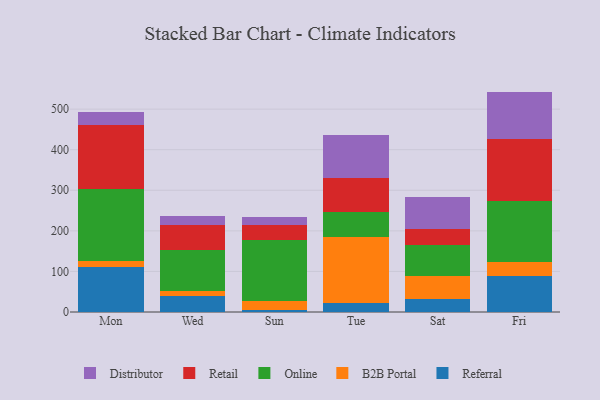
{"axis": {"x": "Day", "y": "Energy Usage (MWh)"}, "legend": ["B2B Portal", "Distributor", "Online", "Referral", "Retail"], "data": [{"x": "Mon", "y": 110.4, "type": "Referral"}, {"x": "Mon", "y": 15.5, "type": "B2B Portal"}, {"x": "Mon", "y": 177.5, "type": "Online"}, {"x": "Mon", "y": 158.1, "type": "Retail"}, {"x": "Mon", "y": 31.2, "type": "Distributor"}, {"x": "Wed", "y": 38.8, "type": "Referral"}, {"x": "Wed", "y": 12.1, "type": "B2B Portal"}, {"x": "Wed", "y": 101.0, "type": "Online"}, {"x": "Wed", "y": 63.5, "type": "Retail"}, {"x": "Wed", "y": 21.9, "type": "Distributor"}, {"x": "Sun", "y": 5.7, "type": "Referral"}, {"x": "Sun", "y": 21.9, "type": "B2B Portal"}, {"x": "Sun", "y": 150.3, "type": "Online"}, {"x": "Sun", "y": 35.7, "type": "Retail"}, {"x": "Sun", "y": 20.3, "type": "Distributor"}, {"x": "Tue", "y": 22.2, "type": "Referral"}, {"x": "Tue", "y": 162.1, "type": "B2B Portal"}, {"x": "Tue", "y": 61.3, "type": "Online"}, {"x": "Tue", "y": 84.7, "type": "Retail"}, {"x": "Tue", "y": 105.6, "type": "Distributor"}, {"x": "Sat", "y": 31.5, "type": "Referral"}, {"x": "Sat", "y": 57.5, "type": "B2B Portal"}, {"x": "Sat", "y": 77.3, "type": "Online"}, {"x": "Sat", "y": 37.6, "type": "Retail"}, {"x": "Sat", "y": 79.4, "type": "Distributor"}, {"x": "Fri", "y": 87.8, "type": "Referral"}, {"x": "Fri", "y": 35.2, "type": "B2B Portal"}, {"x": "Fri", "y": 151.5, "type": "Online"}, {"x": "Fri", "y": 152.1, "type": "Retail"}, {"x": "Fri", "y": 116.6, "type": "Distributor"}]}